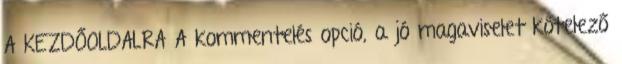
A KEZDŐOLDALRA A kommentelés opció, a jó magaviselet kötelező